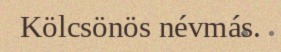
Kölcsönös névmás.